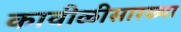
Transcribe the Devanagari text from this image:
कावीळीसारख्या